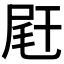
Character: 𡱭